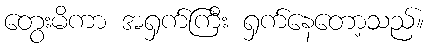
တွေးမိကာ အရှက်ကြီး ရှက်နေတော့သည်။